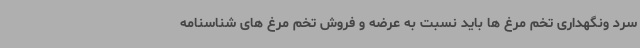
سرد ونگهداری تخم مرغ ها باید نسبت به عرضه و فروش تخم مرغ های شناسنامه